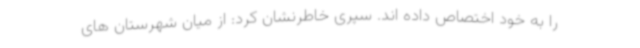
را به خود اختصاص داده اند. سپری خاطرنشان کرد: از میان شهرستان های